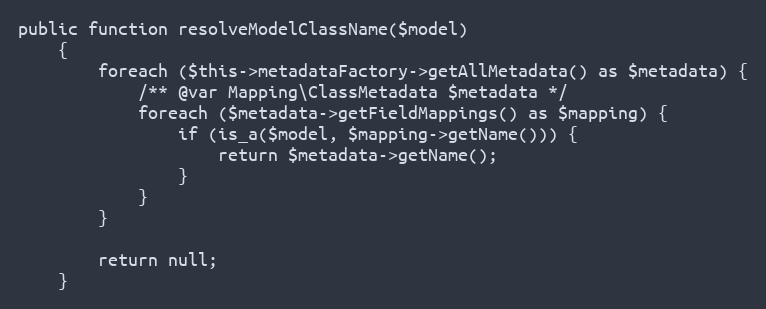
Language: PHP
public function resolveModelClassName($model)
    {
        foreach ($this->metadataFactory->getAllMetadata() as $metadata) {
            /** @var Mapping\ClassMetadata $metadata */
            foreach ($metadata->getFieldMappings() as $mapping) {
                if (is_a($model, $mapping->getName())) {
                    return $metadata->getName();
                }
            }
        }

        return null;
    }